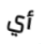
أي